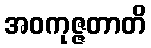
အဝကုဇ္ဇတာတိ